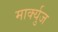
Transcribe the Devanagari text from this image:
मार्क्युज